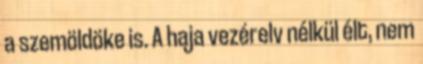
a szemöldöke is. A haja vezérelv nélkül élt, nem